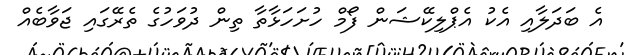
އެ ބަދަލާއި އެކު އެޕްލިކޭޝަން ފޯމް ހުށަހަޅާތާ ތިން ދުވަހުގެ ތެރޭގައި ޖަވާބެއް